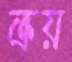
ক্রয়